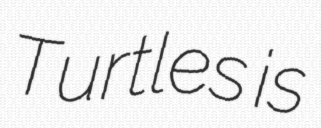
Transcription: Turtles is